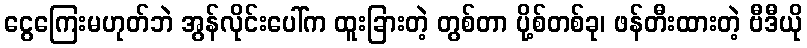
ငွေကြေးမဟုတ်ဘဲ အွန်လိုင်းပေါ်က ထူးခြားတဲ့ တွစ်တာ ပို့စ်တစ်ခု၊ ဖန်တီးထားတဲ့ ဗီဒီယို